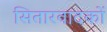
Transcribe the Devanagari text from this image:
सितारवादकों